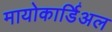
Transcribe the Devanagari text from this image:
मायोकार्डिअल